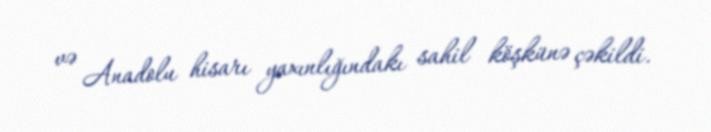
və Anadolu hisarı yaxınlığındakı sahil köşkünə çəkildi.